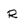
Character: R